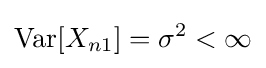
{\text{Var}}[X_{n1}]=\sigma ^{2}<\infty